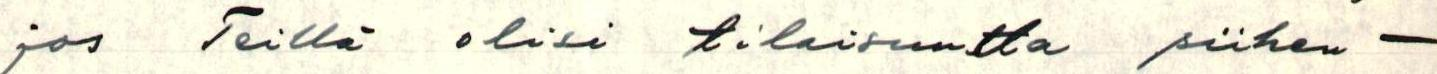
jos Teillä olisi tilaisuutta siihen -